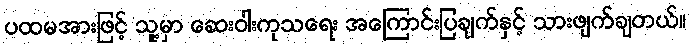
ပထမအားဖြင့် သူ့မှာ ဆေးဝါးကုသရေး အကြောင်းပြချက်နှင့် သားဖျက်ချတယ်။